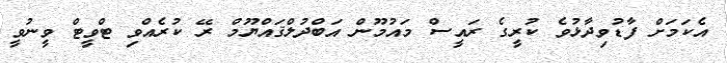
އެކަމަށް ފާޑުވިދާޅުވެ ކުރީގެ ރައީސް މައުމޫން އަބްދުލްޤައްޔޫމް ރޭ ކުރެއްވި ޓްވީޓް ވީނުވީ